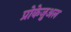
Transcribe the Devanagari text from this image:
प्रोकेज़ुअल